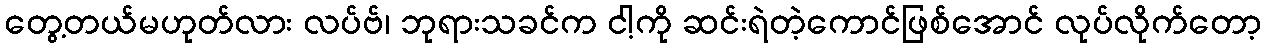
တွေ့တယ်မဟုတ်လား လပ်ဗ်၊ ဘုရားသခင်က ငါ့ကို ဆင်းရဲတဲ့ကောင်ဖြစ်အောင် လုပ်လိုက်တော့